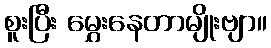
စူးပြီး မွှေးနေတာမျိုးဗျာ။